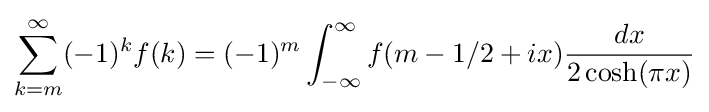
\sum _{k=m}^{\infty }(-1)^{k}f(k)=(-1)^{m}\int _{-\infty }^{\infty }f(m-1/2+ix){\frac {dx}{2\cosh(\pi x)}}